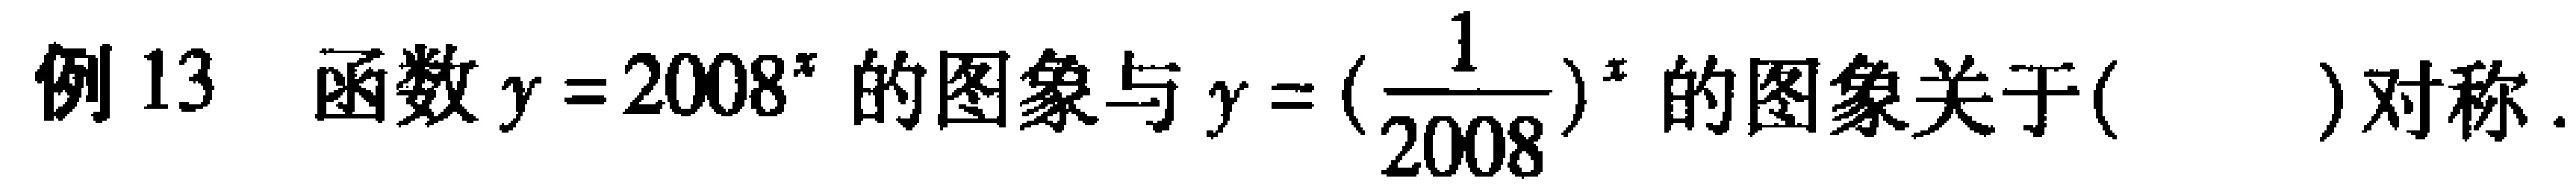
例13 函数$y = 2008^{x}$的图象与$y = (\frac{1}{2008})^{x}$的图象关于( )对称.